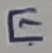
Text: E